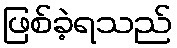
ဖြစ်ခဲ့ရသည်